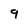
Character: q